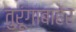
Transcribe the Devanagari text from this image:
तुरूंगाबाहेर